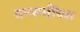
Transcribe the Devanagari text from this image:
वनस्प्तींच्या